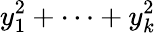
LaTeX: y_{1}^{2}+\cdots+y_{k}^{2}